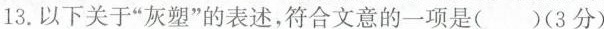
13.以下关于”灰塑”的表述，复合文意的一项是( )(3分)